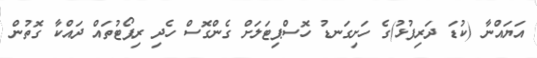
އަޔައްނާ (ކުޑަ ދަރިފުޅު)ގެ ހަށިގަނޑު ހޮސްޕިޓަލަށް ގެންގޮސް ހެދި ރިޕޯޓުތައް ދައްކާ ގޮތުން